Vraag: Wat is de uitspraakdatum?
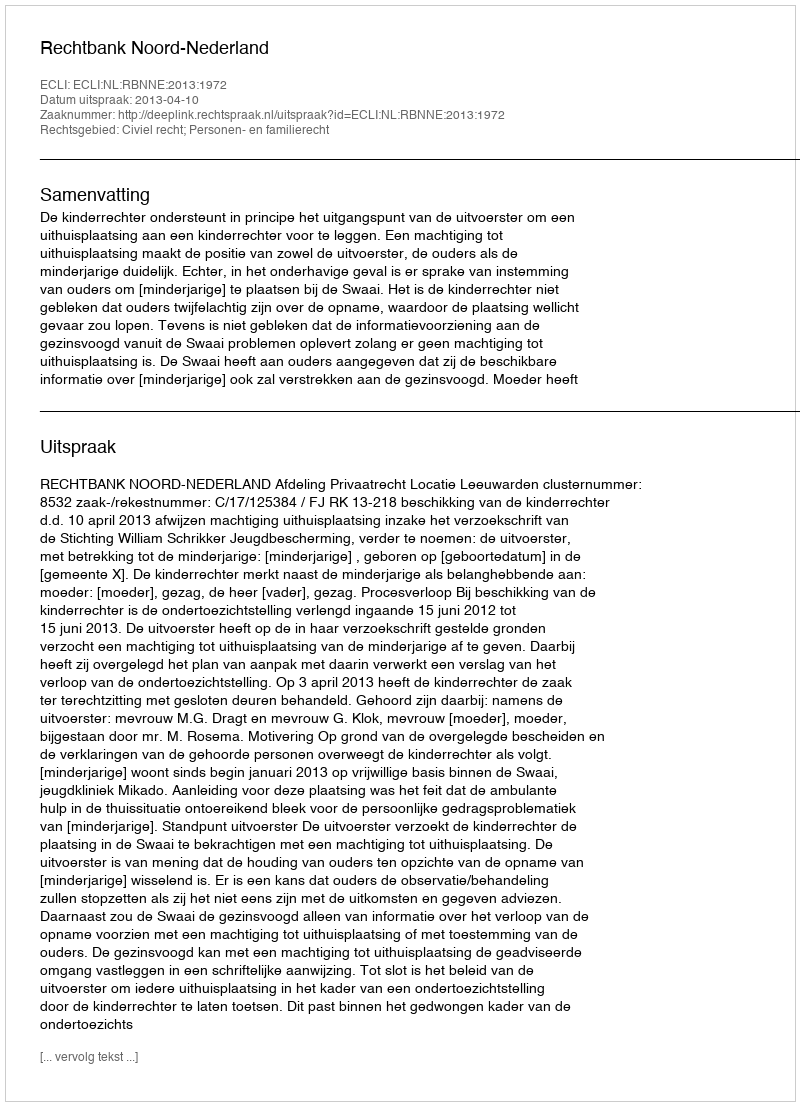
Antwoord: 2013-04-10